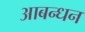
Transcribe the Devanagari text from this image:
आबन्धन